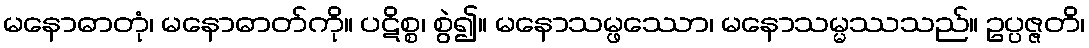
မနောဓာတုံ၊ မနောဓာတ်ကို။ ပဋိစ္စ၊ စွဲ၍။ မနောသမ္ဖဿော၊ မနောသမ္မဿသည်။ ဥပ္ပဇ္ဇတိ၊